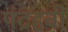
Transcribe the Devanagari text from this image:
पंद्रहवीँ